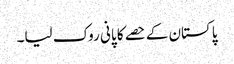
پاکستان کے حصے کا پانی روک لیا۔